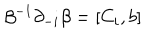
LaTeX: \beta ^ { - 1 } \partial _ { - i } \beta = [ C _ { i } , b ]